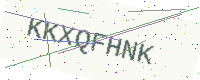
Text: KKXQFHNK